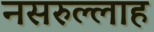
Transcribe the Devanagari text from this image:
नसरुल्लाह